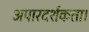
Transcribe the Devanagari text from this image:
अपारदर्शकता।